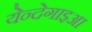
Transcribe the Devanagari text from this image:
येन्देगाइआ